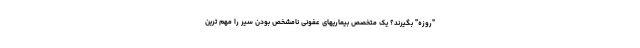
"روزه" بگیرند؟ یک متخصص بیماریهای عفونی نامشخص بودن سیر را مهم ترین